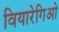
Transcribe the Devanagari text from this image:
वियारेगिओ